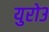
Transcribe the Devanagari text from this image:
युरो३